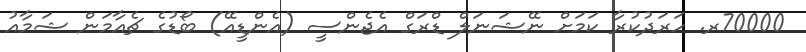
70000ރ. ހަރަދުކުރާ ކަމަށް ނޭޝަނަލް ޑްރަގް އެޖެންސީ (އެންޑީއޭ) ބޯޑުގެ ޗެއާމަން ޝަމާއު